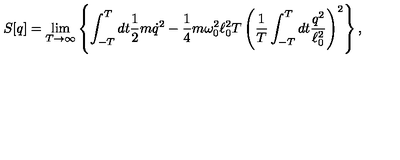
S [ q ] = \lim _ { T \rightarrow \infty } \left\{ \int _ { - T } ^ { T } d t \frac 1 2 m \dot { q } ^ { 2 } - \frac 1 4 m \omega _ { 0 } ^ { 2 } \ell _ { 0 } ^ { 2 } T \left( { \frac { 1 } { T } } \int _ { - T } ^ { T } d t { \frac { q ^ { 2 } } { \ell _ { 0 } ^ { 2 } } } \right) ^ { 2 } \right\} ,